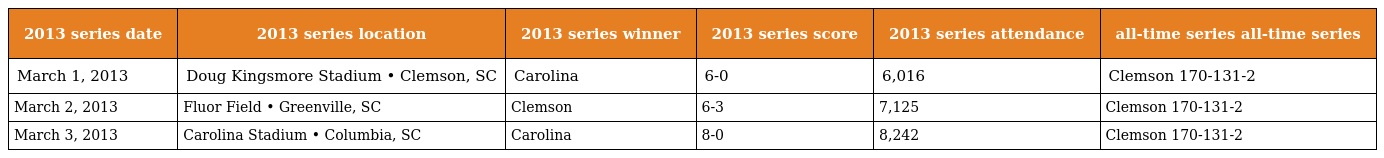
| 2013 series date | 2013 series location | 2013 series winner | 2013 series score | 2013 series attendance | all-time series all-time series |
 | --- | --- | --- | --- | --- | --- |
 | March 1, 2013 | Doug Kingsmore Stadium • Clemson, SC | Carolina | 6-0 | 6,016 | Clemson 170-131-2 |
 | March 2, 2013 | Fluor Field • Greenville, SC | Clemson | 6-3 | 7,125 | Clemson 170-131-2 |
 | March 3, 2013 | Carolina Stadium • Columbia, SC | Carolina | 8-0 | 8,242 | Clemson 170-131-2 |